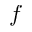
f